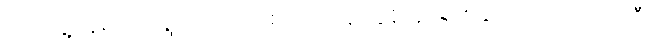
ကြုံတွေ့နေရပါက ရွာပြင်သို့ သစ်ပင်တို့လူးလွန့်လှုပ်ရှားသွားကြသည် ၁၃၉ဦး